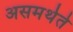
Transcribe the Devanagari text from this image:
असमर्थते